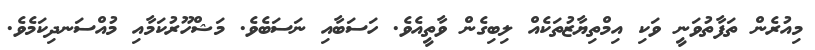
މިއުރެން ތަފާތުވަނީ ވަކި އިމްތިޔާޒުތަކެއް ލިބިގެން ވާތީއެވެ. ހަސަބާއި ނަސަބެވެ. މަޝްހޫރުކަމާއި މުއްސަނދިކަމެވެ.